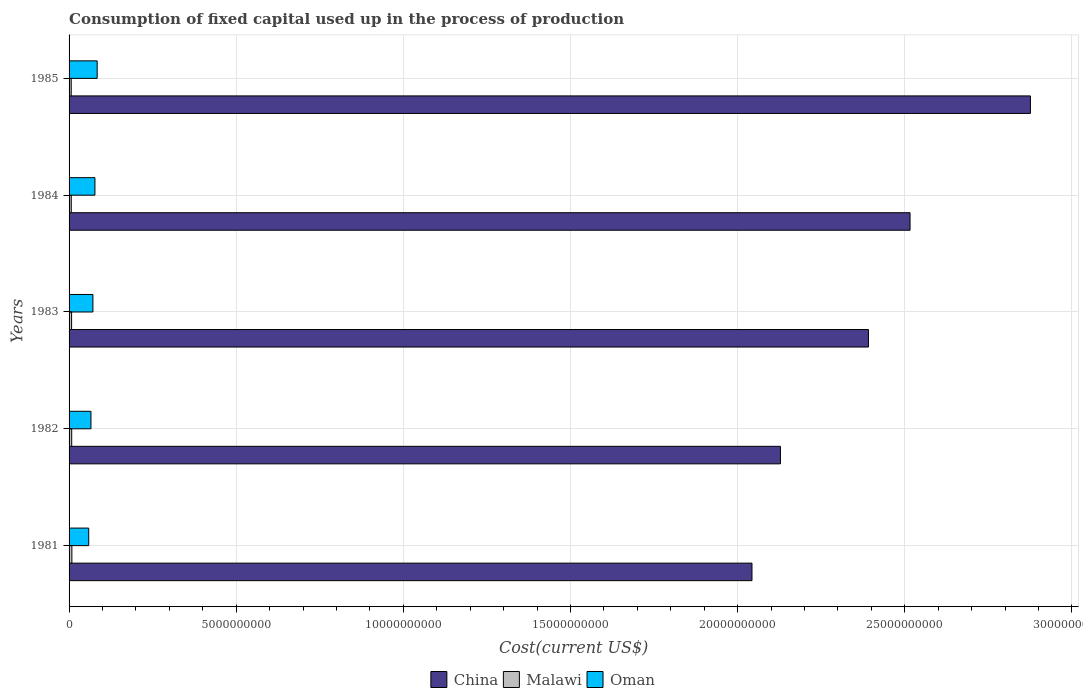
| Years | China | Malawi | Oman |
 | --- | --- | --- | --- |
 | 1981 | 2.04e+10 | 8.38e+07 | 5.88e+08 |
 | 1982 | 2.13e+10 | 7.87e+07 | 6.54e+08 |
 | 1983 | 2.39e+10 | 7.54e+07 | 7.13e+08 |
 | 1984 | 2.52e+10 | 6.57e+07 | 7.74e+08 |
 | 1985 | 2.88e+10 | 6.42e+07 | 8.41e+08 |